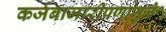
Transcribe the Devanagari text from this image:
कर्जबाजारीपणामुळे